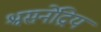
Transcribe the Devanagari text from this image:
श्वसनेंद्रिय